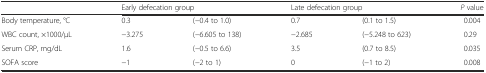
<table><thead><tr><td></td><td colspan="2"><b>Early defecation group</b></td><td colspan="2"><b>Late defecation group</b></td><td><b><i>P</i> value</b></td></tr></thead><tbody><tr><td>Body temperature, °C</td><td>0.3</td><td>(−0.4 to 1.0)</td><td>0.7</td><td>(0.1 to 1.5)</td><td>0.004</td></tr><tr><td>WBC count, ×1000/μL</td><td>−3.275</td><td>(−6.605 to 138)</td><td>−2.685</td><td>(−5.248 to 623)</td><td>0.29</td></tr><tr><td>Serum CRP, mg/dL</td><td>1.6</td><td>(−0.5 to 6.6)</td><td>3.5</td><td>(0.7 to 8.5)</td><td>0.035</td></tr><tr><td>SOFA score</td><td>−1</td><td>(−2 to 1)</td><td>0</td><td>(−1 to 2)</td><td>0.008</td></tr></tbody></table>